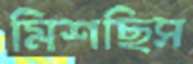
মিশছিস